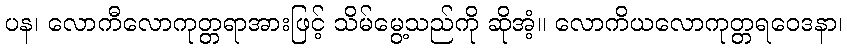
ပန၊ လောကီလောကုတ္တရာအားဖြင့် သိမ်မွေ့သည်ကို ဆိုအံ့။ လောကိယလောကုတ္တရဝေဒနာ၊